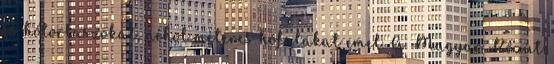
és hótorlaszokat, néhol méteres hófalakat emel. A Magyar Közút